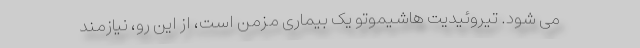
می شود. تیروئیدیت هاشیموتو یک بیماری مزمن است، از این رو، نیازمند